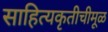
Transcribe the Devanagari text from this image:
साहित्यकृतीचीमूळ